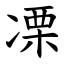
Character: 凓